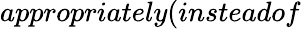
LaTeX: appropriately(insteadof